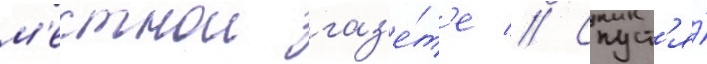
м'естнои газ'е́т'е // Спуст'я́